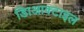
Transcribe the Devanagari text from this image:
डािआक्टाइल